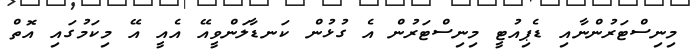
މިނިސްޓަރުންނާއި ޑެޕިއުޓީ މިނިސްޓަރުން އެ ގުޅުން ކަނޑާލަންވީއޭ އެއީ އޭ މިކަމުގައި އޮތް